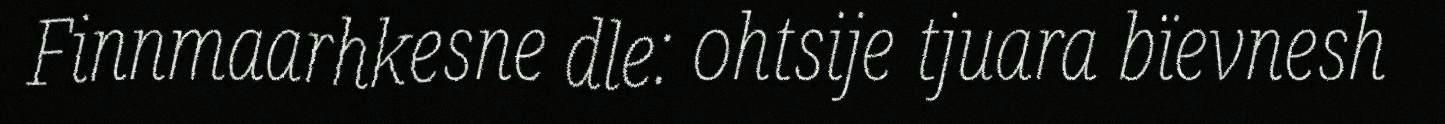
Finnmaarhkesne dle: ohtsije tjuara bïevnesh